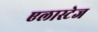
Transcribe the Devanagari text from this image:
एलास्टेज